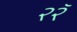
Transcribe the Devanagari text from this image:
२२ॅ